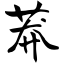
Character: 莽